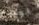
يوجد